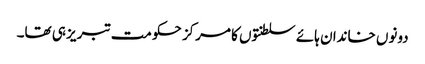
دونوں خاندان ہائے سلطنتوں کا مرکز حکومت تبریز ہی تھا۔